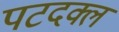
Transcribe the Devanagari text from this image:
पटदक्ल